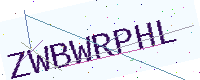
Text: ZWBWRPHL